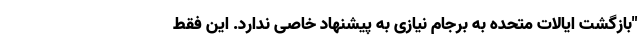
"بازگشت ایالات متحده به برجام نیازی به پیشنهاد خاصی ندارد. این فقط